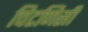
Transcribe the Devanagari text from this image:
चिटणिसी